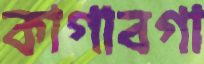
কাগাবগা